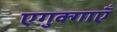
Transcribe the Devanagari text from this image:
एगुक्गाएँ